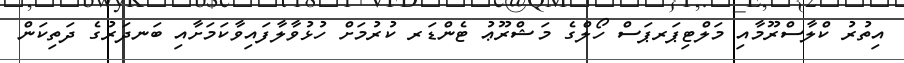
އިތުރު ކްލާސްރޫމާއި މަލްޓިޕަރޕަސް ހޯލްގެ މަޝްރޫޢު ޓެންޑަރ ކުރުމަށް ހުޅުވާލާފައިވާކަމަށާއި ބަނދަރުގެ ދަތިކަން